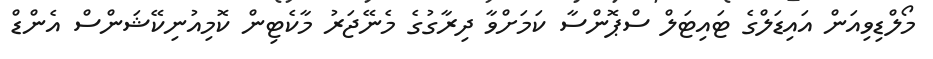
މޯލްޑިވިއަން އައިޑަލްގެ ޓައިޓަލް ސްޕޮންސާ ކަމަށްވާ ދިރާގުގެ މެނޭޖަރު މާކެޓިން ކޮމިއުނިކޭޝަންސް އެންޑް